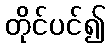
တိုင်ပင်၍